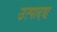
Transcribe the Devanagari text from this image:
उत्पादश्